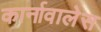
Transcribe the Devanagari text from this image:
कार्नावालेस